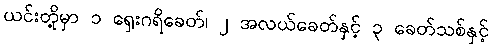
ယင်းတို့မှာ ၁ ရှေးဂရိခေတ်၊ ၂ အလယ်ခေတ်နှင့် ၃ ခေတ်သစ်နှင့်